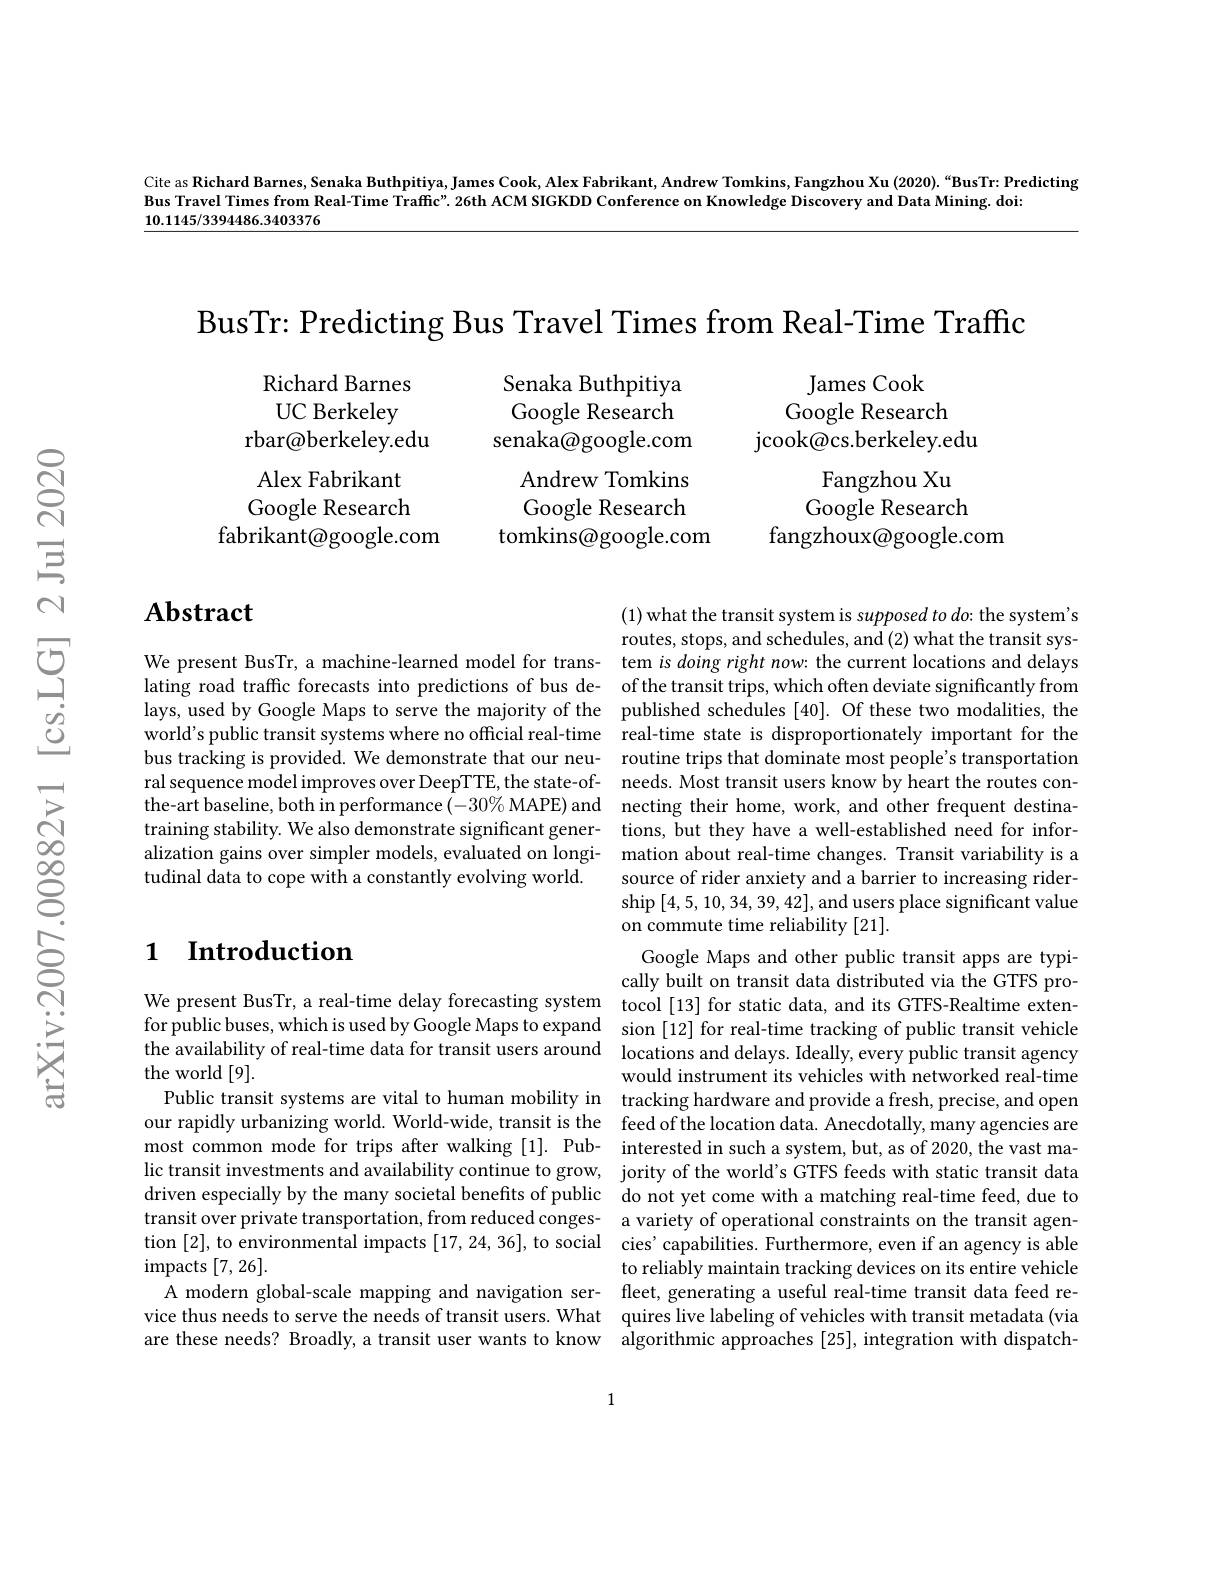
Cite as Richard Barnes, Senaka Buthpitiya, James Cook, Alex Fabrikant, Andrew Tomkins, Fangzhou Xu (2020). “BusTr: Predicting
Bus Travel Times from Real-Time Traffic". 26th ACM SIGKDD Conference on Knowledge Discovery and Data Mining. doi:
10.1145/3394486.3403376

BusTr: Predicting Bus Travel Times from Real-Time Traffic

Richard Barnes
$\begin{array}{cccc}\text{UC Berkeley}&&\text{Google Research}&&\text{Google Research}\\\text{rbar@berkeley.edu}&&&\text{senaka@google.com}&&\text{jcook@cs.berkeley.edu}\\\text{Alex Fabrikant}&&&\text{Andrew Tomkins}&&\text{Fangzhou Xu}\\\text{Google Research}&&&&\text{Google Research}\end{array}$
Google Research
fabrikant@google.com

Senaka Buthpitiya
James Cook
Google Research
tomkins@google.com
fangzhoux@google.com

## $\mathbf{Abstract}$

We present BusTr, a machine-learned model for trans- tem $i$ $\hat{\textit{doing rightnow: the current locations and delays}}$ lating road traffic forecasts into predictions of bus de- of the transit trips, which often deviate significantly from lays, used by Google Maps to serve the majority of the published schedules [40]. Of these two modalities, the world's public transit systems where no official real-time real-time real-time state is disproportionately important for the bus tracking is provided. We demonstrate that our neu- routine trips that dominate most people's transportation ral sequence model improves over DeepTTE, the state-of- needs. Most transit users know by heart the routes con- $\hat{\text{the-art baseline, both in performance }(-30\%\mathrm{~MAPE})\mathrm{~and~}\:\text{necting their home, work, and other frequent destina-}}$ training stability. We also demonstrate significant gener- tions, but they have a well-established need for inforalization gains over simpler models, evaluated on longi- mation about real-time changes. Transit variability is a tudinal data to cope with a constantly evolving world.

### $\textbf{1}$ $\textbf{Introduction}$

(1) what the transit system is supposed to do: the system's routes, stops, and schedules, and (2) what the transit syssource of rider anxiety and a barrier to increasing rider- $\operatorname*{ship}\left[4,5,10,34,39,42\right]$,and users place significant value on commute time reliability [21].
Google Maps and other public transit apps are typically built on transit data distributed via the GTFS pro-
We present BusTr, a real-time delay forecasting system tocol[13] for static data, and its GTFS-Realtime extenfor public buses, which is used by Google Maps to expand sion [12] for real-time tracking of public transit vehicle the availability of real-time data for transit users around locations and delays. Ideally, every public transit agency
would instrument its vehicles with networked real-time
Public transit systems are vital to human mobility in tracking hardware and provide a fresh, precise, and open our rapidly urbanizing world. World-wide, transit is the feed of the location data. Anecdotally, many agencies are most common mode for trips after walking [1]. Pub- interested in such a system, but, as of 2020, the vast malic transit investments and availability continue to grow, jority of the world's GTFS feeds with static transit data driven especially by the many societal benefits of public do not yet come with a matching real-time feed, due to transit over private transportation, from reduced conges- a variety of operational constraints on the transit agention [2], to environmental impacts [17,24,36],to social cies'capabilities. Furthermore, even if an agency is able
to reliably maintain tracking devices on its entire vehicle
A modern global-scale mapping and navigation ser- fleet,generating a useful real-time transit data feed revice thus needs to serve the needs of transit users. What quires live labeling of vehicles with transit metadata (via are these needs? Broadly, a transit user wants to know algorithmic approaches [25], integration with dispatch-

the world [9]. $\operatorname{impacts}[7,26].$

1